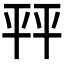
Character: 𰏦